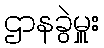
ဌာနခွဲမှူး